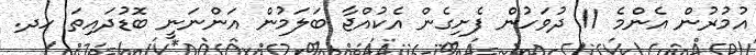
އުމުރުން އެންމެ 11 ދުވަހުން ފެށިގެން އެކުއްޖާ ބަލަމުން އަންނަނީ ބޮޑުދައިތަ ހދ.